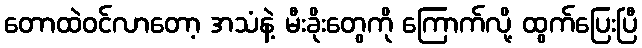
တောထဲဝင်လာတော့ အသံနဲ့ မီးခိုးတွေကို ကြောက်လို့ ထွက်ပြေးပြီ